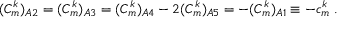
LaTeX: ( { \cal C } _ { m } ^ { k } ) _ { A 2 } = ( { \cal C } _ { m } ^ { k } ) _ { A 3 } = ( { \cal C } _ { m } ^ { k } ) _ { A 4 } - 2 ( { \cal C } _ { m } ^ { k } ) _ { A 5 } = - ( { \cal C } _ { m } ^ { k } ) _ { A 1 } \equiv - c _ { m } ^ { k } \; .